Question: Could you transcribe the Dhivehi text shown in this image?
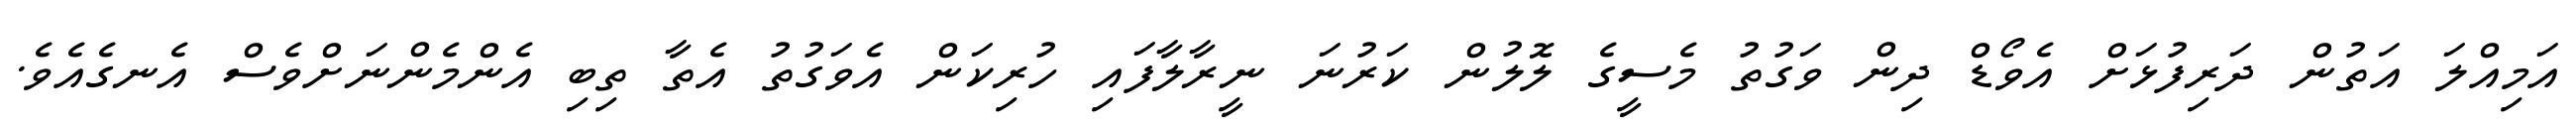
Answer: އަމިއްލަ އަތުން ދަރިފުޅަށް އެވޯޑް ދިން ވަގުތު މެސީގެ ލޮލުން ކަރުނަ ނީރާލާފައި ހުރިކަން އެވަގުތު އެތާ ތިބި އެންމެންނަށްވެސް އެނގެއެވެ.